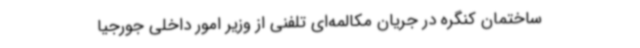
ساختمان کنگره در جریان مکالمه‌ای تلفنی از وزیر امور داخلی جورجیا